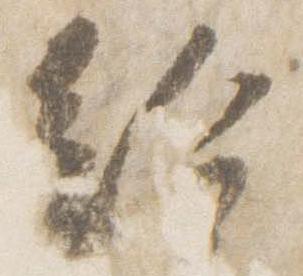
給